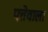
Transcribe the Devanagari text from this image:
पत्तेवाला